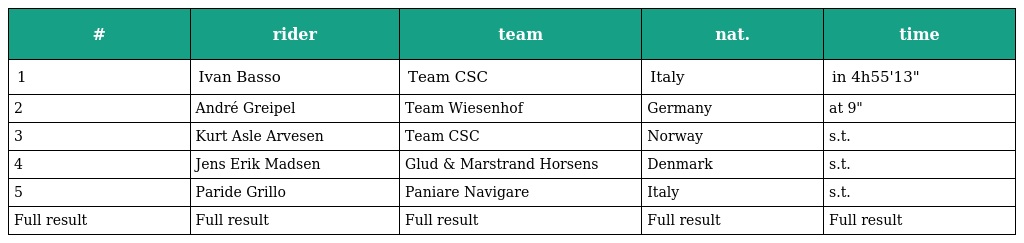
| # | rider | team | nat. | time |
 | --- | --- | --- | --- | --- |
 | 1 | Ivan Basso | Team CSC | Italy | in 4h55'13" |
 | 2 | André Greipel | Team Wiesenhof | Germany | at 9" |
 | 3 | Kurt Asle Arvesen | Team CSC | Norway | s.t. |
 | 4 | Jens Erik Madsen | Glud & Marstrand Horsens | Denmark | s.t. |
 | 5 | Paride Grillo | Paniare Navigare | Italy | s.t. |
 | Full result | Full result | Full result | Full result | Full result |